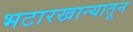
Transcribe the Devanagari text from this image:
भटारखान्यातून